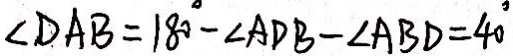
\angle D A B = 1 8 0 ^ { \circ } - \angle A D B - \angle A B D = 4 0 ^ { \circ }